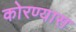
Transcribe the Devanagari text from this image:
कोरण्यास